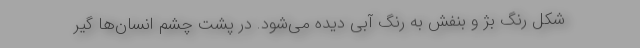
شکل رنگ بژ و بنفش به رنگ آبی دیده می‌شود. در پشت چشم انسان‌ها گیر